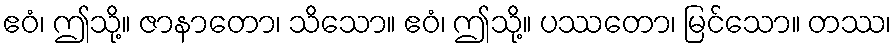
ဧဝံ၊ ဤသို့။ ဇာနာတော၊ သိသော။ ဧဝံ၊ ဤသို့။ ပဿတော၊ မြင်သော။ တဿ၊